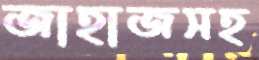
জাহাজসহ